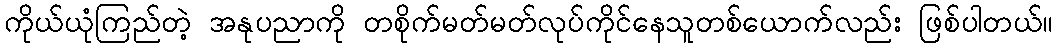
ကိုယ်ယုံကြည်တဲ့ အနုပညာကို တစိုက်မတ်မတ်လုပ်ကိုင်နေသူတစ်ယောက်လည်း ဖြစ်ပါတယ်။